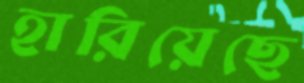
হারিয়েছে